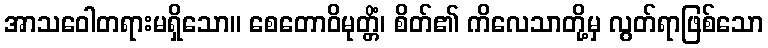
အာသဝေါတရားမရှိသော။ စေတောဝိမုတ္တိံ၊ စိတ်၏ ကိလေသာတို့မှ လွတ်ရာဖြစ်သော